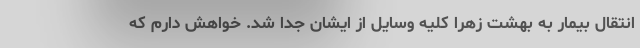
انتقال بیمار به بهشت زهرا کلیه وسایل از ایشان جدا شد. خواهش دارم که